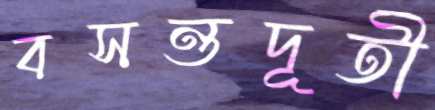
বসন্তদূতী